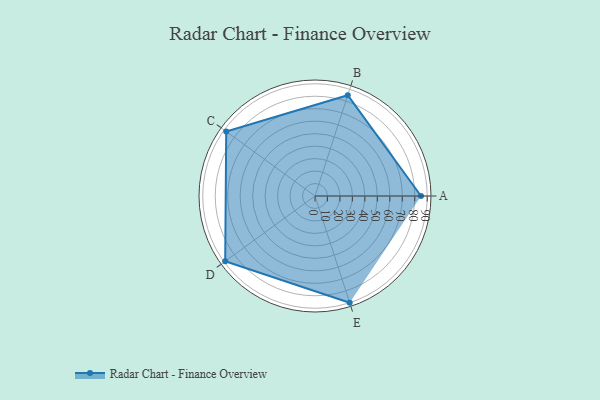
{"axis": {"x": "Skill", "y": "Score"}, "legend": ["Profile"], "data": [{"x": "A", "y": 85.0, "type": "Profile"}, {"x": "B", "y": 85.0, "type": "Profile"}, {"x": "C", "y": 88.0, "type": "Profile"}, {"x": "D", "y": 89.0, "type": "Profile"}, {"x": "E", "y": 90.0, "type": "Profile"}]}